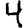
Digit: 4